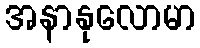
အနာနုလောမာ